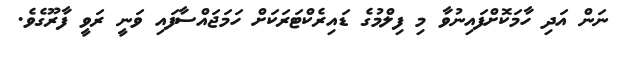
ނަން އަދި ހާމަކޮށްފައިނުވާ މި ފިލްމުގެ ޑައިރެކްޓަރަކަށް ހަމަޖައްސާފައި ވަނީ ރަވީ ފާރޫގެވެ.